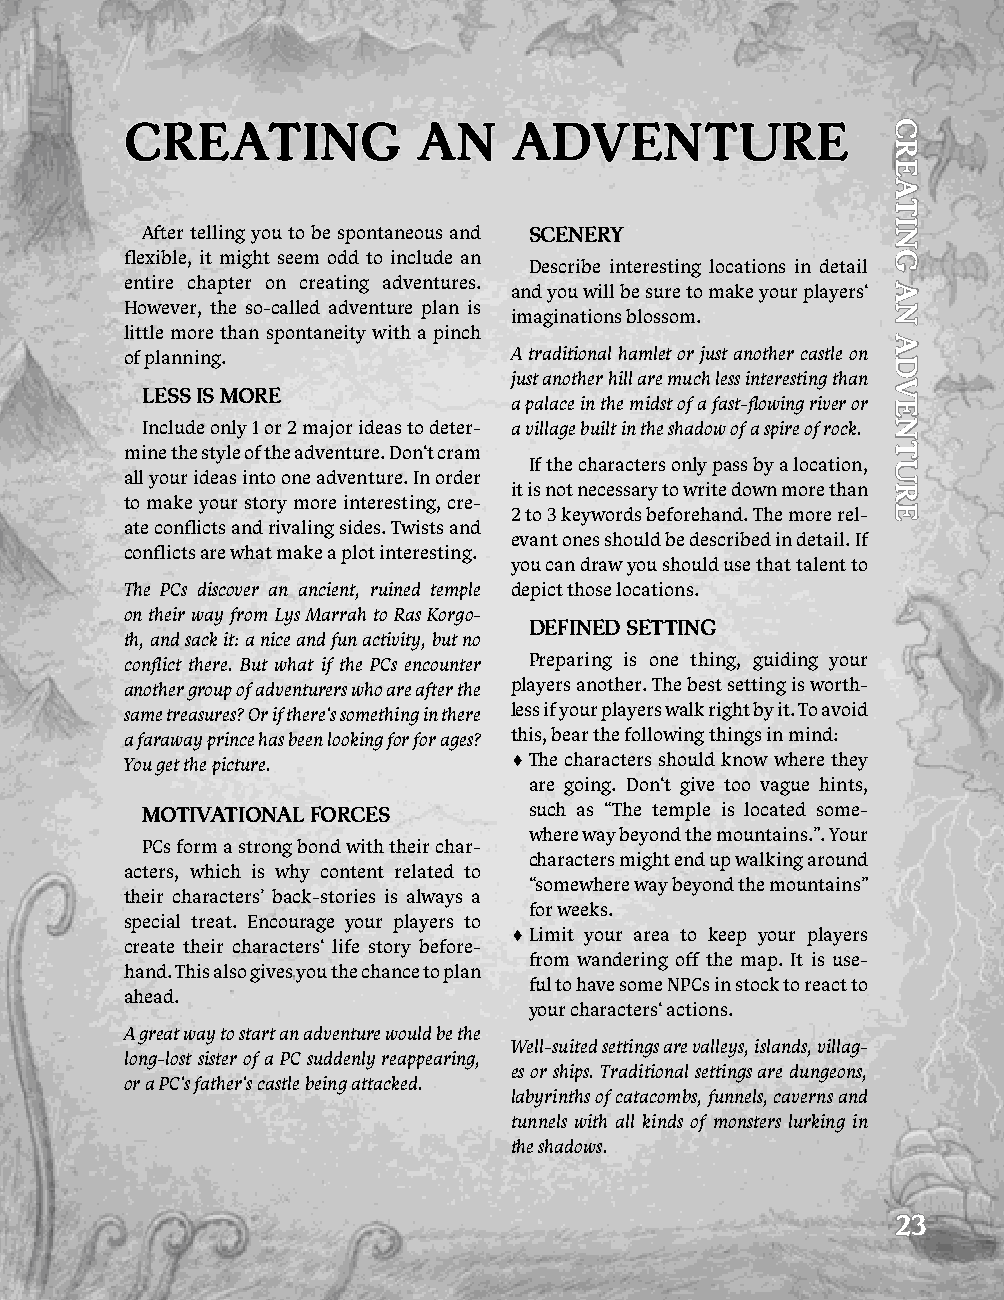
CrEaTiNG            aN    adVENTurE
 After telling you to be spontaneous and SCENEry
 flexible, it might seem odd to include an
 Describe interesting locations in detail
 entire chapter on creating adventures. and you will be sure to make your players‘
 However, the so-called adventure plan is
 imaginations blossom.
 little more than spontaneity with a pinch
 of planning.              A traditional hamlet or just another castle on
 just another hill are much less interesting than
 lESS iS mOrE
 a palace in the midst of a fast-flowing river or
 Include only 1 or 2 major ideas to deter- a village built in the shadow of a spire of rock.
 mine the style of the adventure. Don‘t cram
 If the characters only pass by a location,
 all your ideas into one adventure. In order
 it is not necessary to write down more than
 to make your story more interesting, cre-
 2 to 3 keywords beforehand. The more rel-
 ate conflicts and rivaling sides. Twists and
 evant ones should be described in detail. If
 conflicts are what make a plot interesting.
 you can draw you should use that talent to
 The PCs discover an ancient, ruined temple depict those locations.
 on their way from Lys Marrah to Ras Korgo-
 dEFiNEd SETTiNG
 th, and sack it: a nice and fun activity, but no
 conflict there. But what if the PCs encounter Preparing is one thing, guiding your
 another group of adventurers who are after the players another. The best setting is worth-
 same treasures? Or if there‘s something in there less if your players walk right by it. To avoid
 a faraway prince has been looking for for ages? this, bear the following things in mind:
 You get the picture.      ♦ The characters should know where they
 are going. Don‘t give too vague hints,
 mOTiVaTiONal FOrCES       such as “The temple is located some-
 where way beyond the mountains.”. Your
 PCs form a strong bond with their char-
 characters might end up walking around
 acters, which is why content related to
 “somewhere way beyond the mountains”
 their characters’ back-stories is always a
 for weeks.
 special treat. Encourage your players to
 ♦ Limit your area to keep your players
 create their characters‘ life story before-
 from wandering off the map. It is use-
 hand. This also gives you the chance to plan
 ful to have some NPCs in stock to react to
 ahead.
 your characters‘ actions.
 A great way to start an adventure would be the
 Well-suited settings are valleys, islands, villag-
 long-lost sister of a PC suddenly reappearing,
 es or ships. Traditional settings are dungeons,
 or a PC‘s father‘s castle being attacked.
 labyrinths of catacombs, funnels, caverns and
 tunnels with all kinds of monsters lurking in
 the shadows.
 23
 CrEaTiNG
 aN
 adVENTurE